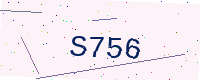
Text: S756